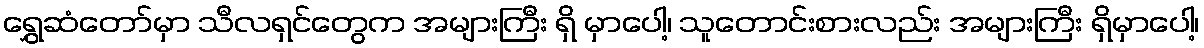
ရွှေဆံတော်မှာ သီလရှင်တွေက အများကြီး ရှိ မှာပေါ့၊ သူတောင်းစားလည်း အများကြီး ရှိမှာပေါ့၊